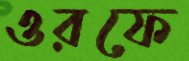
ওরফে